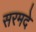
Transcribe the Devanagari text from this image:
सरमदे